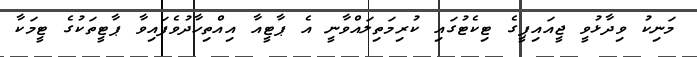
މަނިކު ވިދާޅުވީ ޖީއައިޕީގެ ޓިކެޓުގައި ކުރިމަތިލައްވާނީ އެ ޕާޓީއާ އިއްތިހާދުވެފައިވާ ޕާޓީތަކުގެ ޓީމަކާ